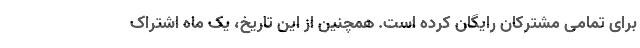
برای تمامی مشترکان رایگان کرده است. همچنین از این تاریخ، یک ماه اشتراک